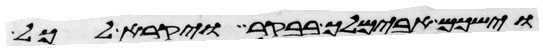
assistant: וישכם אבימלך בבקר ויקרא לכל